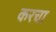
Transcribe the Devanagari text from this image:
करचा